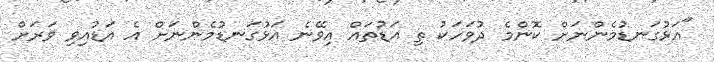
"އަޅުގަނޑުމެންނަށް ކޮންމެ ދުވަހަކު ތި އަޑުތައް އިވޭނެ އަޅުގަނޑުމެންނަށް އެ އަޑުއިވި ވަރަށް